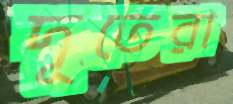
দূতেরা